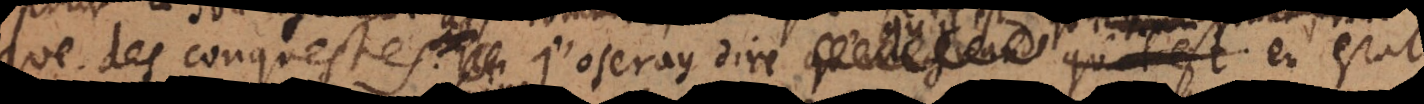
que des conquestes. J’oseray dire qu’il est en estat